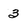
Character: 3